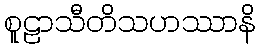
စူဠာသီတိသဟဿာနိ